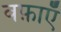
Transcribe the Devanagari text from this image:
वफ़ाएँ